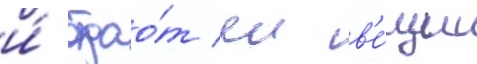
и́ отдао́т еи в'е́щи